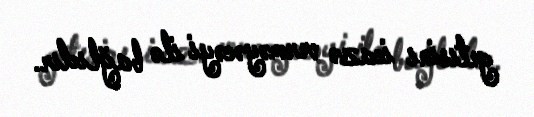
getısinı icazə verməyəcəyi ilə bağlıdır.